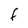
Character: F